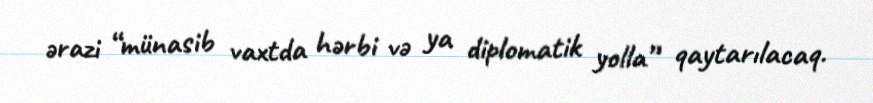
ərazi “münasib vaxtda hərbi və ya diplomatik yolla” qaytarılacaq.